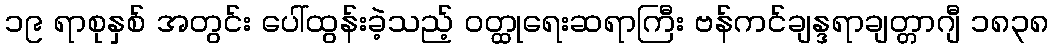
၁၉ ရာစုနှစ် အတွင်း ပေါ်ထွန်းခဲ့သည့် ဝတ္ထုရေးဆရာကြီး ဗန်ကင်ချန္ဒရာချတ္တာဂျီ ၁၈၃၈